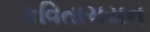
કવિતાચયન